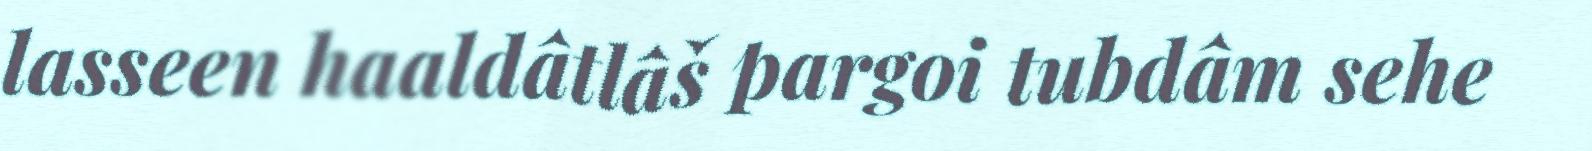
lasseen haaldâtlâš pargoi tubdâm sehe